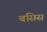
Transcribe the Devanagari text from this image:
बसिस